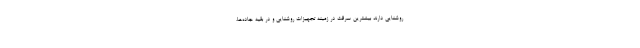
روشنایی دارند بیشترین سرقت در زمینه تجهیزات روشنایی و در بقیه جاده‌ها،